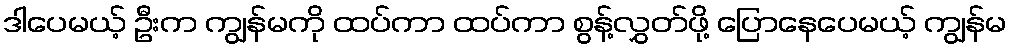
ဒါပေမယ့် ဦးက ကျွန်မကို ထပ်ကာ ထပ်ကာ စွန့်လွှတ်ဖို့ ပြောနေပေမယ့် ကျွန်မ